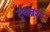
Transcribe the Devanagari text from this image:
टुथब्रश